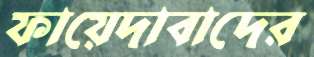
ফায়েদাবাদের